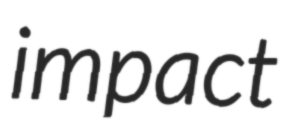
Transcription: impact